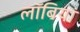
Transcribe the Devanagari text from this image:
लॉबियां